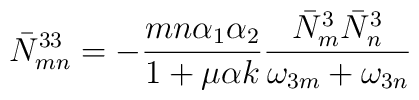
\bar N^{33}_{mn} = - {mn\alpha_1 \alpha_2 \over 1 + \mu \alpha k}{\bar N_m^3 \bar N_n^3 \over \omega_{3m} + \omega_{3n}}